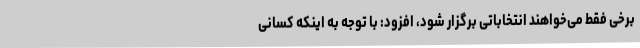
برخی فقط می‌خواهند انتخاباتی برگزار شود، افزود: با توجه به اینکه کسانی